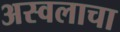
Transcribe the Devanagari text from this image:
अस्वलाचा